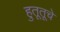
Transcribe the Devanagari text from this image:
हुतूतूचे